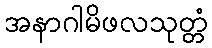
အနာဂါမိဖလသုတ္တံ